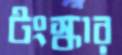
টংস্কার